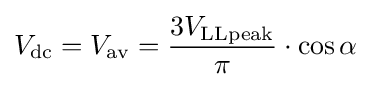
V_{\mathrm {dc} }=V_{\mathrm {av} }={\frac {3V_{\mathrm {LLpeak} }}{\pi }}\cdot \cos \alpha